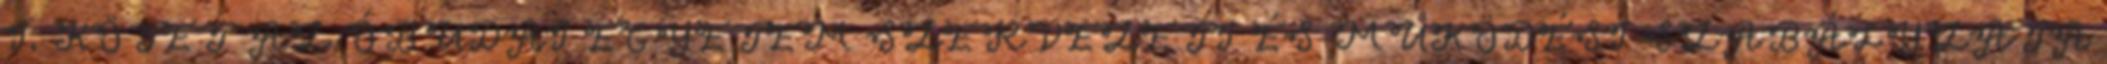
I. KÖTET AZ ÓBUDAI EGYETEM SZERVEZETI ÉS MŰKÖDÉSI SZABÁLYZATA